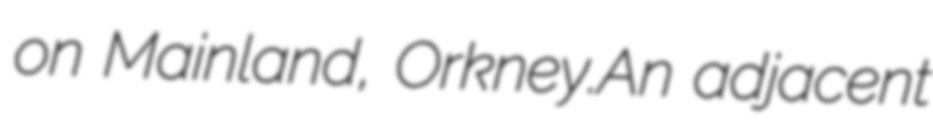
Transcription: on Mainland, Orkney.An adjacent